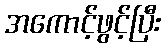
အကောင့်ဖွင့်ပြီး